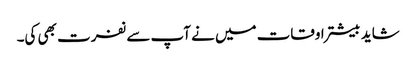
شاید بیشتر اوقات میں نے آپ سے نفرت بھی کی۔